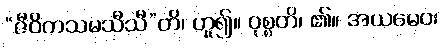
“ဇီဝိတသမသီသီ”တိ၊ ဟူ၍။ ဝုစ္စတိ၊ ၏။ အယမေဝ၊